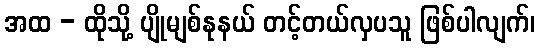
အထ - ထိုသို့ ပျိုမျစ်နုနယ် တင့်တယ်လှပသူ ဖြစ်ပါလျက်၊